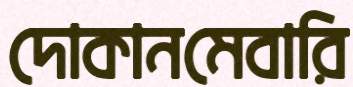
দোকানমেবারি